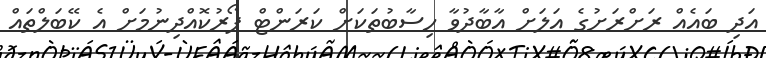
އަދި ބައެއް ރަށްރަށުގެ އަލަށް އާބާދުވާ ހިސާބުތަކަށް ކަރަންޓް ފޯރުކޮއްދިނުމަށް އެ ކޭބަލްތައް